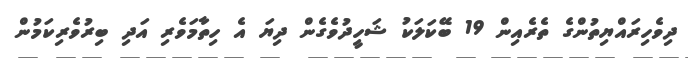
ދިވެހިރައްޔިތުންގެ ތެރެއިން 19 ބޭކަލަކު ޝަހީދުވެގެން ދިޔަ އެ ހިތާމަވެރި އަދި ބިރުވެރިކަމުން